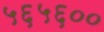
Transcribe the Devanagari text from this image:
५६५६००